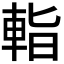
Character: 𨌁